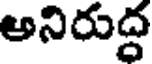
అనిరుద్ద